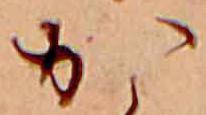
か